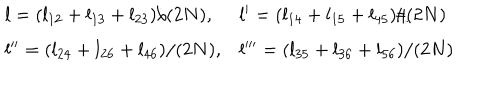
LaTeX: \begin{array} { l l } { { l = ( l _ { 1 2 } + l _ { 1 3 } + l _ { 2 3 } ) / ( 2 N ) , } } & { { l ^ { \prime } = ( l _ { 1 4 } + l _ { 1 5 } + l _ { 4 5 } ) / ( 2 N ) } } \\ { { l ^ { \prime \prime } = ( l _ { 2 4 } + l _ { 2 6 } + l _ { 4 6 } ) / ( 2 N ) , } } & { { l ^ { \prime \prime \prime } = ( l _ { 3 5 } + l _ { 3 6 } + l _ { 5 6 } ) / ( 2 N ) } } \\ \end{array}